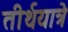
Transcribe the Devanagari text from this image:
तीर्थयात्रे